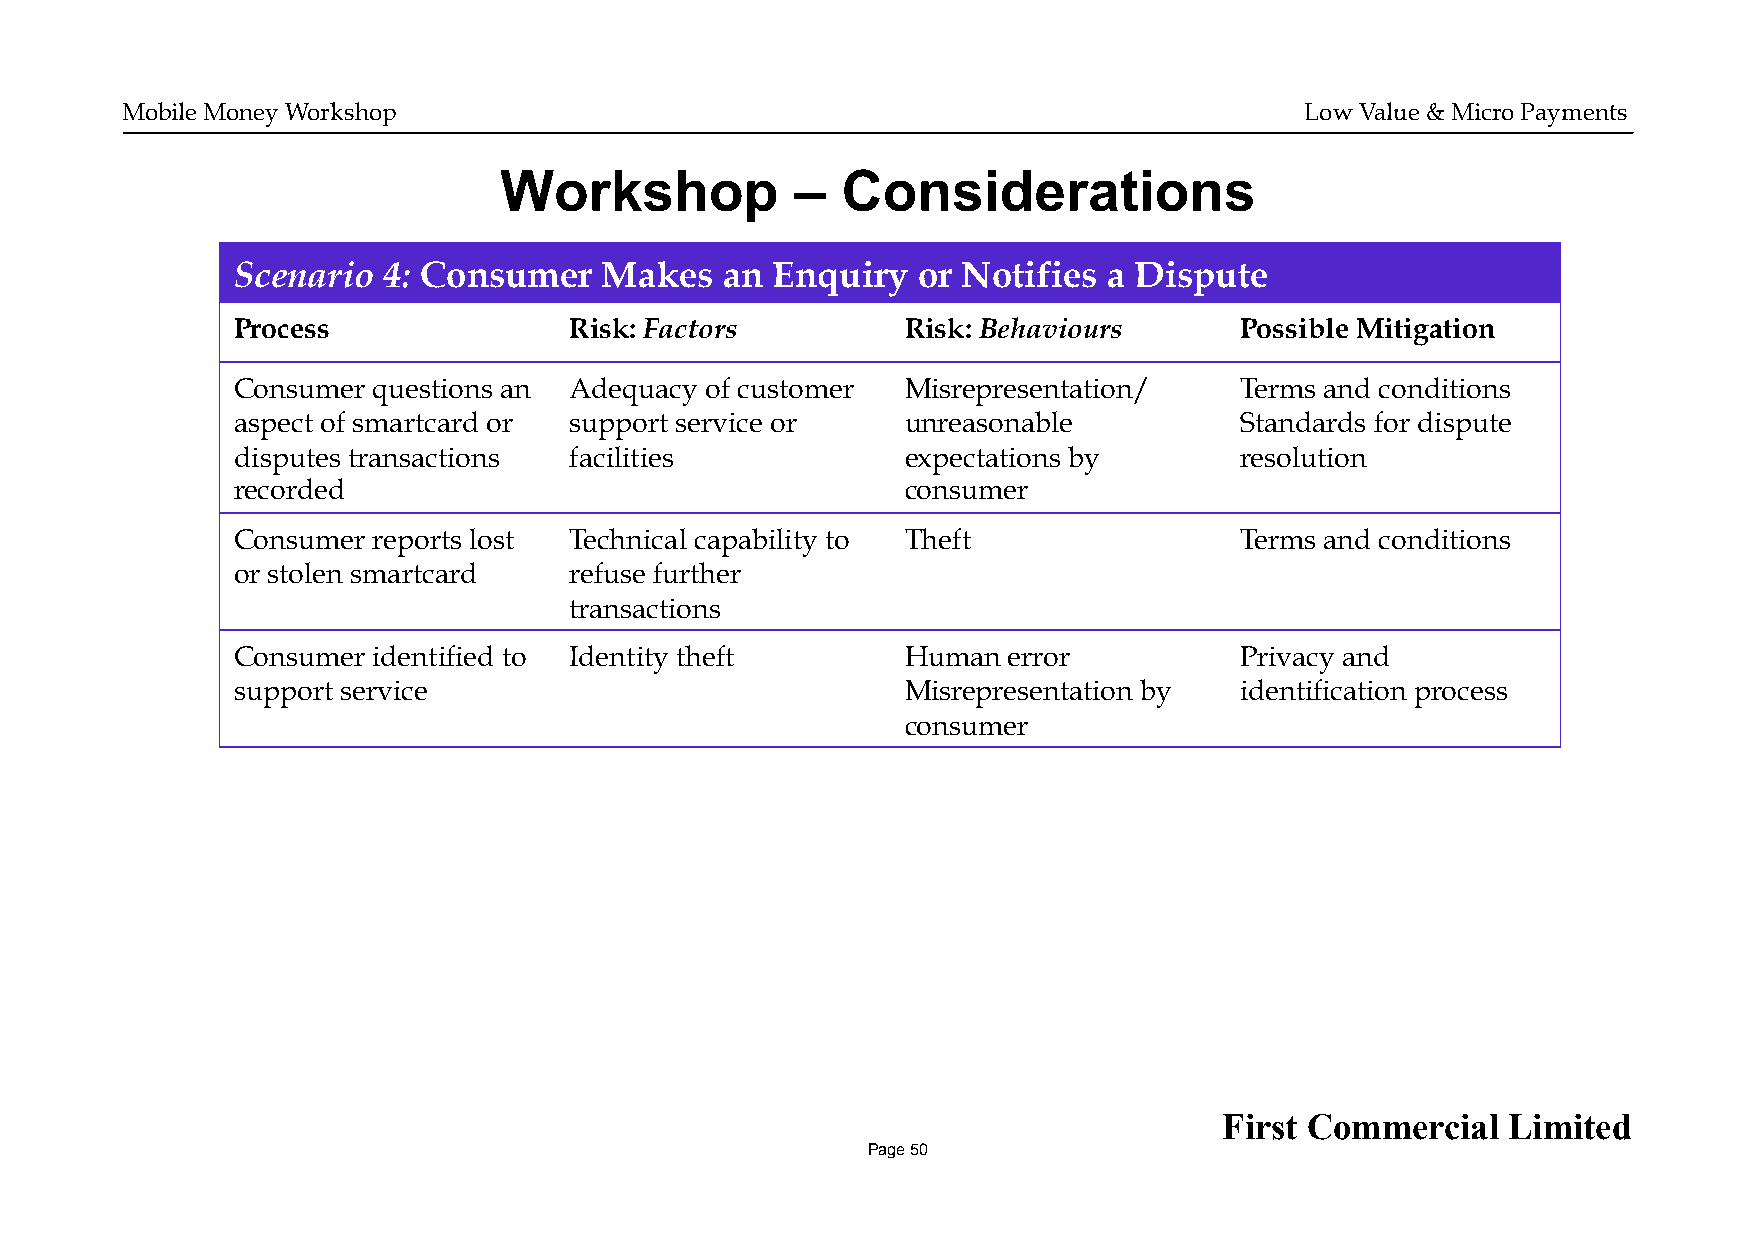
Mobile Money Workshop                                                         Low Value & Micro Payments
 Workshop            –  Considerations
 Scenario  4: Consumer    Makes   an Enquiry   or Notifies a Dispute
 Process                Risk: Factors         Risk: Behaviours      Possible Mitigation
 Consumer  questions an Adequacy of customer  Misrepresentation/    Terms and conditions
 aspect of smartcard or support service or    unreasonable          Standards for dispute
 disputes transactions  facilities            expectations by       resolution
 recorded                                     consumer
 Consumer  reports lost Technical capability to Theft               Terms and conditions
 or stolen smartcard    refuse further
 transactions
 Consumer  identified to Identity theft       Human  error          Privacy and
 support service                              Misrepresentation by  identification process
 consumer
 First Commercial   Limited
 Page 50